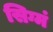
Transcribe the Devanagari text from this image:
सिग्मं